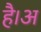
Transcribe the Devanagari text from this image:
है।अ